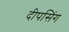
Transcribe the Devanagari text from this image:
दीपसिंग